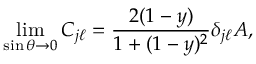
\operatorname * { l i m } _ { \sin \theta \rightarrow 0 } C _ { j \ell } = \frac { 2 ( 1 - y ) } { 1 + ( 1 - y ) ^ { 2 } } \delta _ { j \ell } A ,